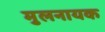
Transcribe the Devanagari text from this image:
मुलनायक